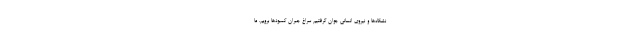
نشگاه‌ها و نیروی انسانی جوان گرفتیم سراغ جبران کمبودها برویم. ما